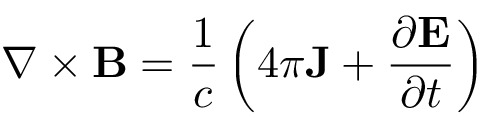
\nabla \times \mathbf { B } = { \frac { 1 } { c } } \left( 4 \pi \mathbf { J } + { \frac { \partial \mathbf { E } } { \partial t } } \right)